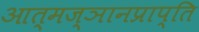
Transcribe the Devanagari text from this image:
आत्मज्ञानप्राप्ति